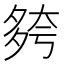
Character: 𡖮